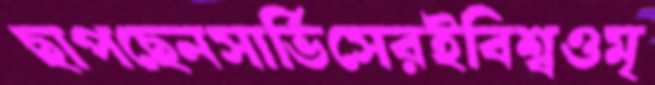
ছাপছেনসার্ভিসেরইবিশ্বওমৃ